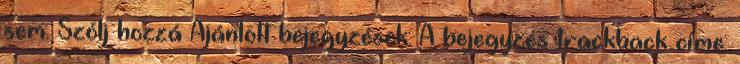
sem. Szólj hozzá Ajánlott bejegyzések: A bejegyzés trackback címe: